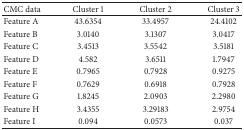
<table><thead><tr><td><b>CMC data</b></td><td><b>Cluster 1</b></td><td><b>Cluster 2</b></td><td><b>Cluster 3</b></td></tr></thead><tbody><tr><td>Feature A</td><td>43.6354</td><td>33.4957</td><td>24.4102</td></tr><tr><td>Feature B</td><td>3.0140</td><td>3.1307</td><td>3.0417</td></tr><tr><td>Feature C</td><td>3.4513</td><td>3.5542</td><td>3.5181</td></tr><tr><td>Feature D</td><td>4.582</td><td>3.6511</td><td>1.7947</td></tr><tr><td>Feature E</td><td>0.7965</td><td>0.7928</td><td>0.9275</td></tr><tr><td>Feature F</td><td>0.7629</td><td>0.6918</td><td>0.7928</td></tr><tr><td>Feature G</td><td>1.8245</td><td>2.0903</td><td>2.2980</td></tr><tr><td>Feature H</td><td>3.4355</td><td>3.29183</td><td>2.9754</td></tr><tr><td>Feature I</td><td>0.094</td><td>0.0573</td><td>0.037</td></tr></tbody></table>